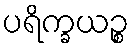
ပရိက္ခယဉ္စ